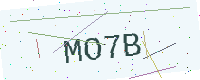
Text: MO7B